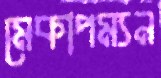
মেকাপম্যন